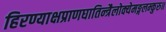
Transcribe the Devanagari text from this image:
हिरण्याक्षप्राणघातिन्त्रैलोक्येमङ्गलम्कुरु॥